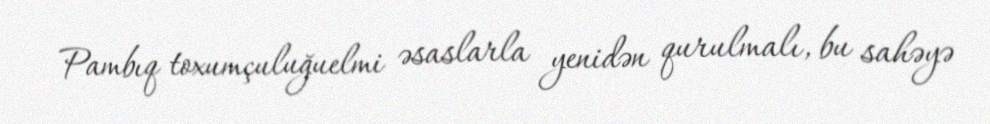
Pambıq toxumçuluğuelmi əsaslarla yenidən qurulmalı, bu sahəyə